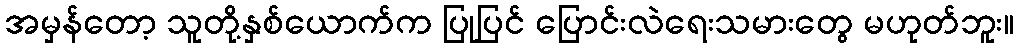
အမှန်တော့ သူတို့နှစ်ယောက်က ပြုပြင် ပြောင်းလဲရေးသမားတွေ မဟုတ်ဘူး။